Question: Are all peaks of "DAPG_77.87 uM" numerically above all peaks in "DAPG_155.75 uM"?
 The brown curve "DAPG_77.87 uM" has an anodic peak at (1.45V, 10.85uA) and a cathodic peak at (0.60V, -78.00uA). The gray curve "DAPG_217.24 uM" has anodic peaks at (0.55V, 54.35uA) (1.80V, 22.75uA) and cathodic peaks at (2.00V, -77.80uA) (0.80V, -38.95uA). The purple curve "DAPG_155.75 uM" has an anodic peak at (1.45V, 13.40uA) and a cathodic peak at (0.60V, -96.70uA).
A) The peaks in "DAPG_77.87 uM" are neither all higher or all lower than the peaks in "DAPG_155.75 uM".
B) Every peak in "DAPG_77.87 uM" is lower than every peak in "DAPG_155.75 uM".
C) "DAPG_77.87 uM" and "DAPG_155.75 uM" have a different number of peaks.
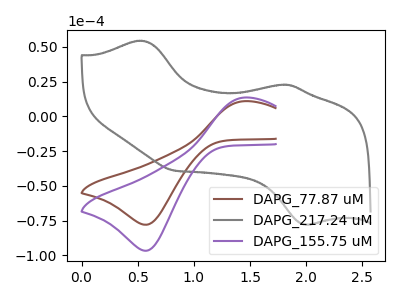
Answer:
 <answer>B) Every peak in "DAPG_77.87 uM" is lower than every peak in "DAPG_155.75 uM".</answer>
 <eval>B</eval>